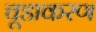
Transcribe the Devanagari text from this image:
चूडाकरण